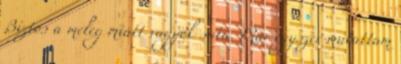
Biztos a meleg miatt vagyok suta. Már egyszer mutattam